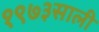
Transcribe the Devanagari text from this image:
१९७३साली